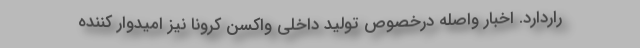
راردارد. اخبار واصله درخصوص تولید داخلی واکسن کرونا نیز امیدوار کننده